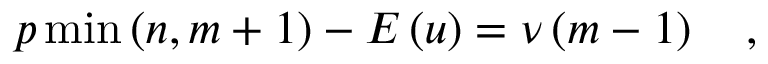
p \operatorname * { m i n } \left( n , m + 1 \right) - E \left( u \right) = \nu \left( m - 1 \right) \quad ,